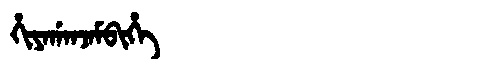
Manchu: ᡥᡳᠶᠠᡤᠠᠨᠵᠠᠮᠪᡳᡥᡝ
Romanization: HIYAGANJAMBIHE